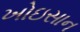
ખોઇસાન